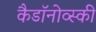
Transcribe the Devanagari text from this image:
कैडाॅनोव्स्की